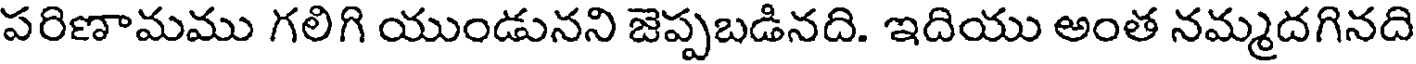
పరిణామము గలిగి యుండునని జెప్పబడినది. ఇదియు అంత నమ్మదగినది